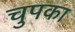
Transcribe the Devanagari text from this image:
चुपका